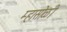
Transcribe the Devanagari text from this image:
म्हासोळी